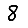
Digit: 8